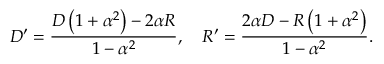
D ^ { \prime } = { \frac { D \left( 1 + \alpha ^ { 2 } \right) - 2 \alpha R } { 1 - \alpha ^ { 2 } } } , \quad R ^ { \prime } = { \frac { 2 \alpha D - R \left( 1 + \alpha ^ { 2 } \right) } { 1 - \alpha ^ { 2 } } } .